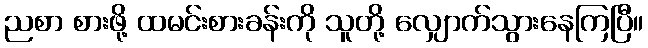
ညစာ စားဖို့ ထမင်းစားခန်းကို သူတို့ လျှောက်သွားနေကြပြီ။